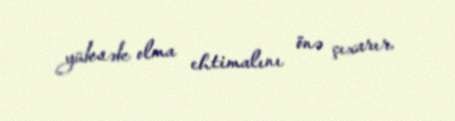
yüksək olma ehtimalını önə çıxarır.